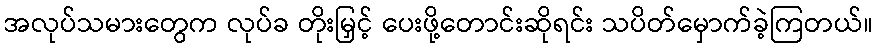
အလုပ်သမားတွေက လုပ်ခ တိုးမြှင့် ပေးဖို့တောင်းဆိုရင်း သပိတ်မှောက်ခဲ့ကြတယ်။